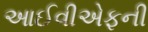
આઈવીએફની